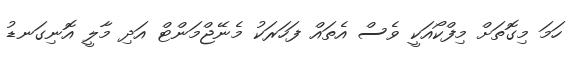
ހަމަ މިގޮތަށް މިފްކޯއަކީ ވެސް އެތައް ފަހަރަކު މެނޭޖްމަންޓް އަދި މާލީ އޮނިގަނޑު